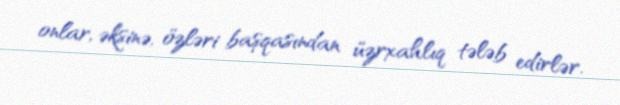
onlar, əksinə, özləri başqasından üzrxahlıq tələb edirlər.